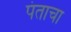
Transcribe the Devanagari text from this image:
पंताचा